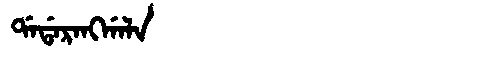
Manchu: ᡩᠠᡩᠠᡵᠠᠩᡤᠠᠯᠠ
Romanization: DADARANGGALA